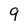
Character: 9